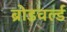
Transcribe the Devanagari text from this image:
ब्रोडवर्ल्ड